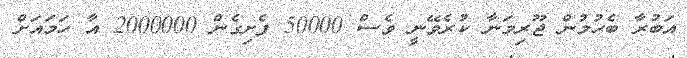
އަބުރާ ބެހުމުން ޖޫރިމަނާ ކުރެވޭނީ ވެސް 50000 ފެށިގެން 2000000 އާ ހަމައަށް